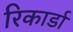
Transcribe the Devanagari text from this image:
रिकार्डा